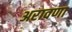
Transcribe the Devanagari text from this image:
अरावणा